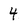
Character: 4